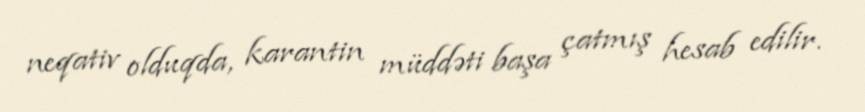
neqativ olduqda, karantin müddəti başa çatmış hesab edilir.